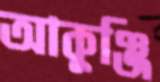
আকুঞ্জি